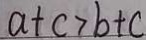
a + c > b + c